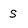
Character: S